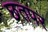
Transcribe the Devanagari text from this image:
छतपर